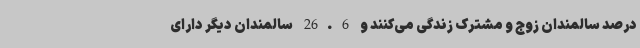
درصد سالمندان زوج و مشترک زندگی می‌کنند و 26.6 سالمندان دیگر دارای